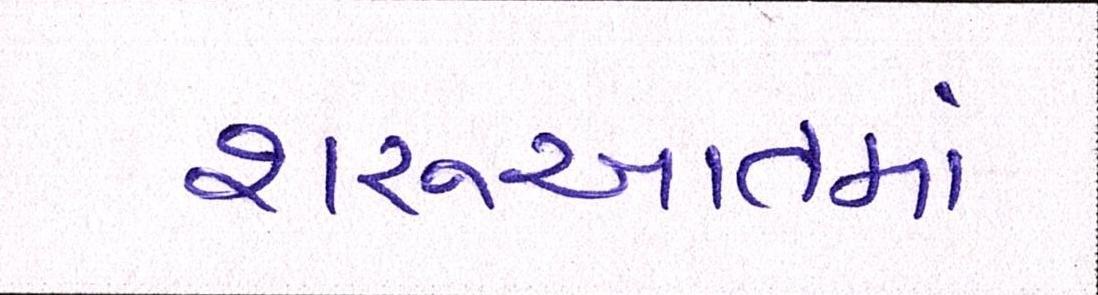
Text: શરૂઆતમાં